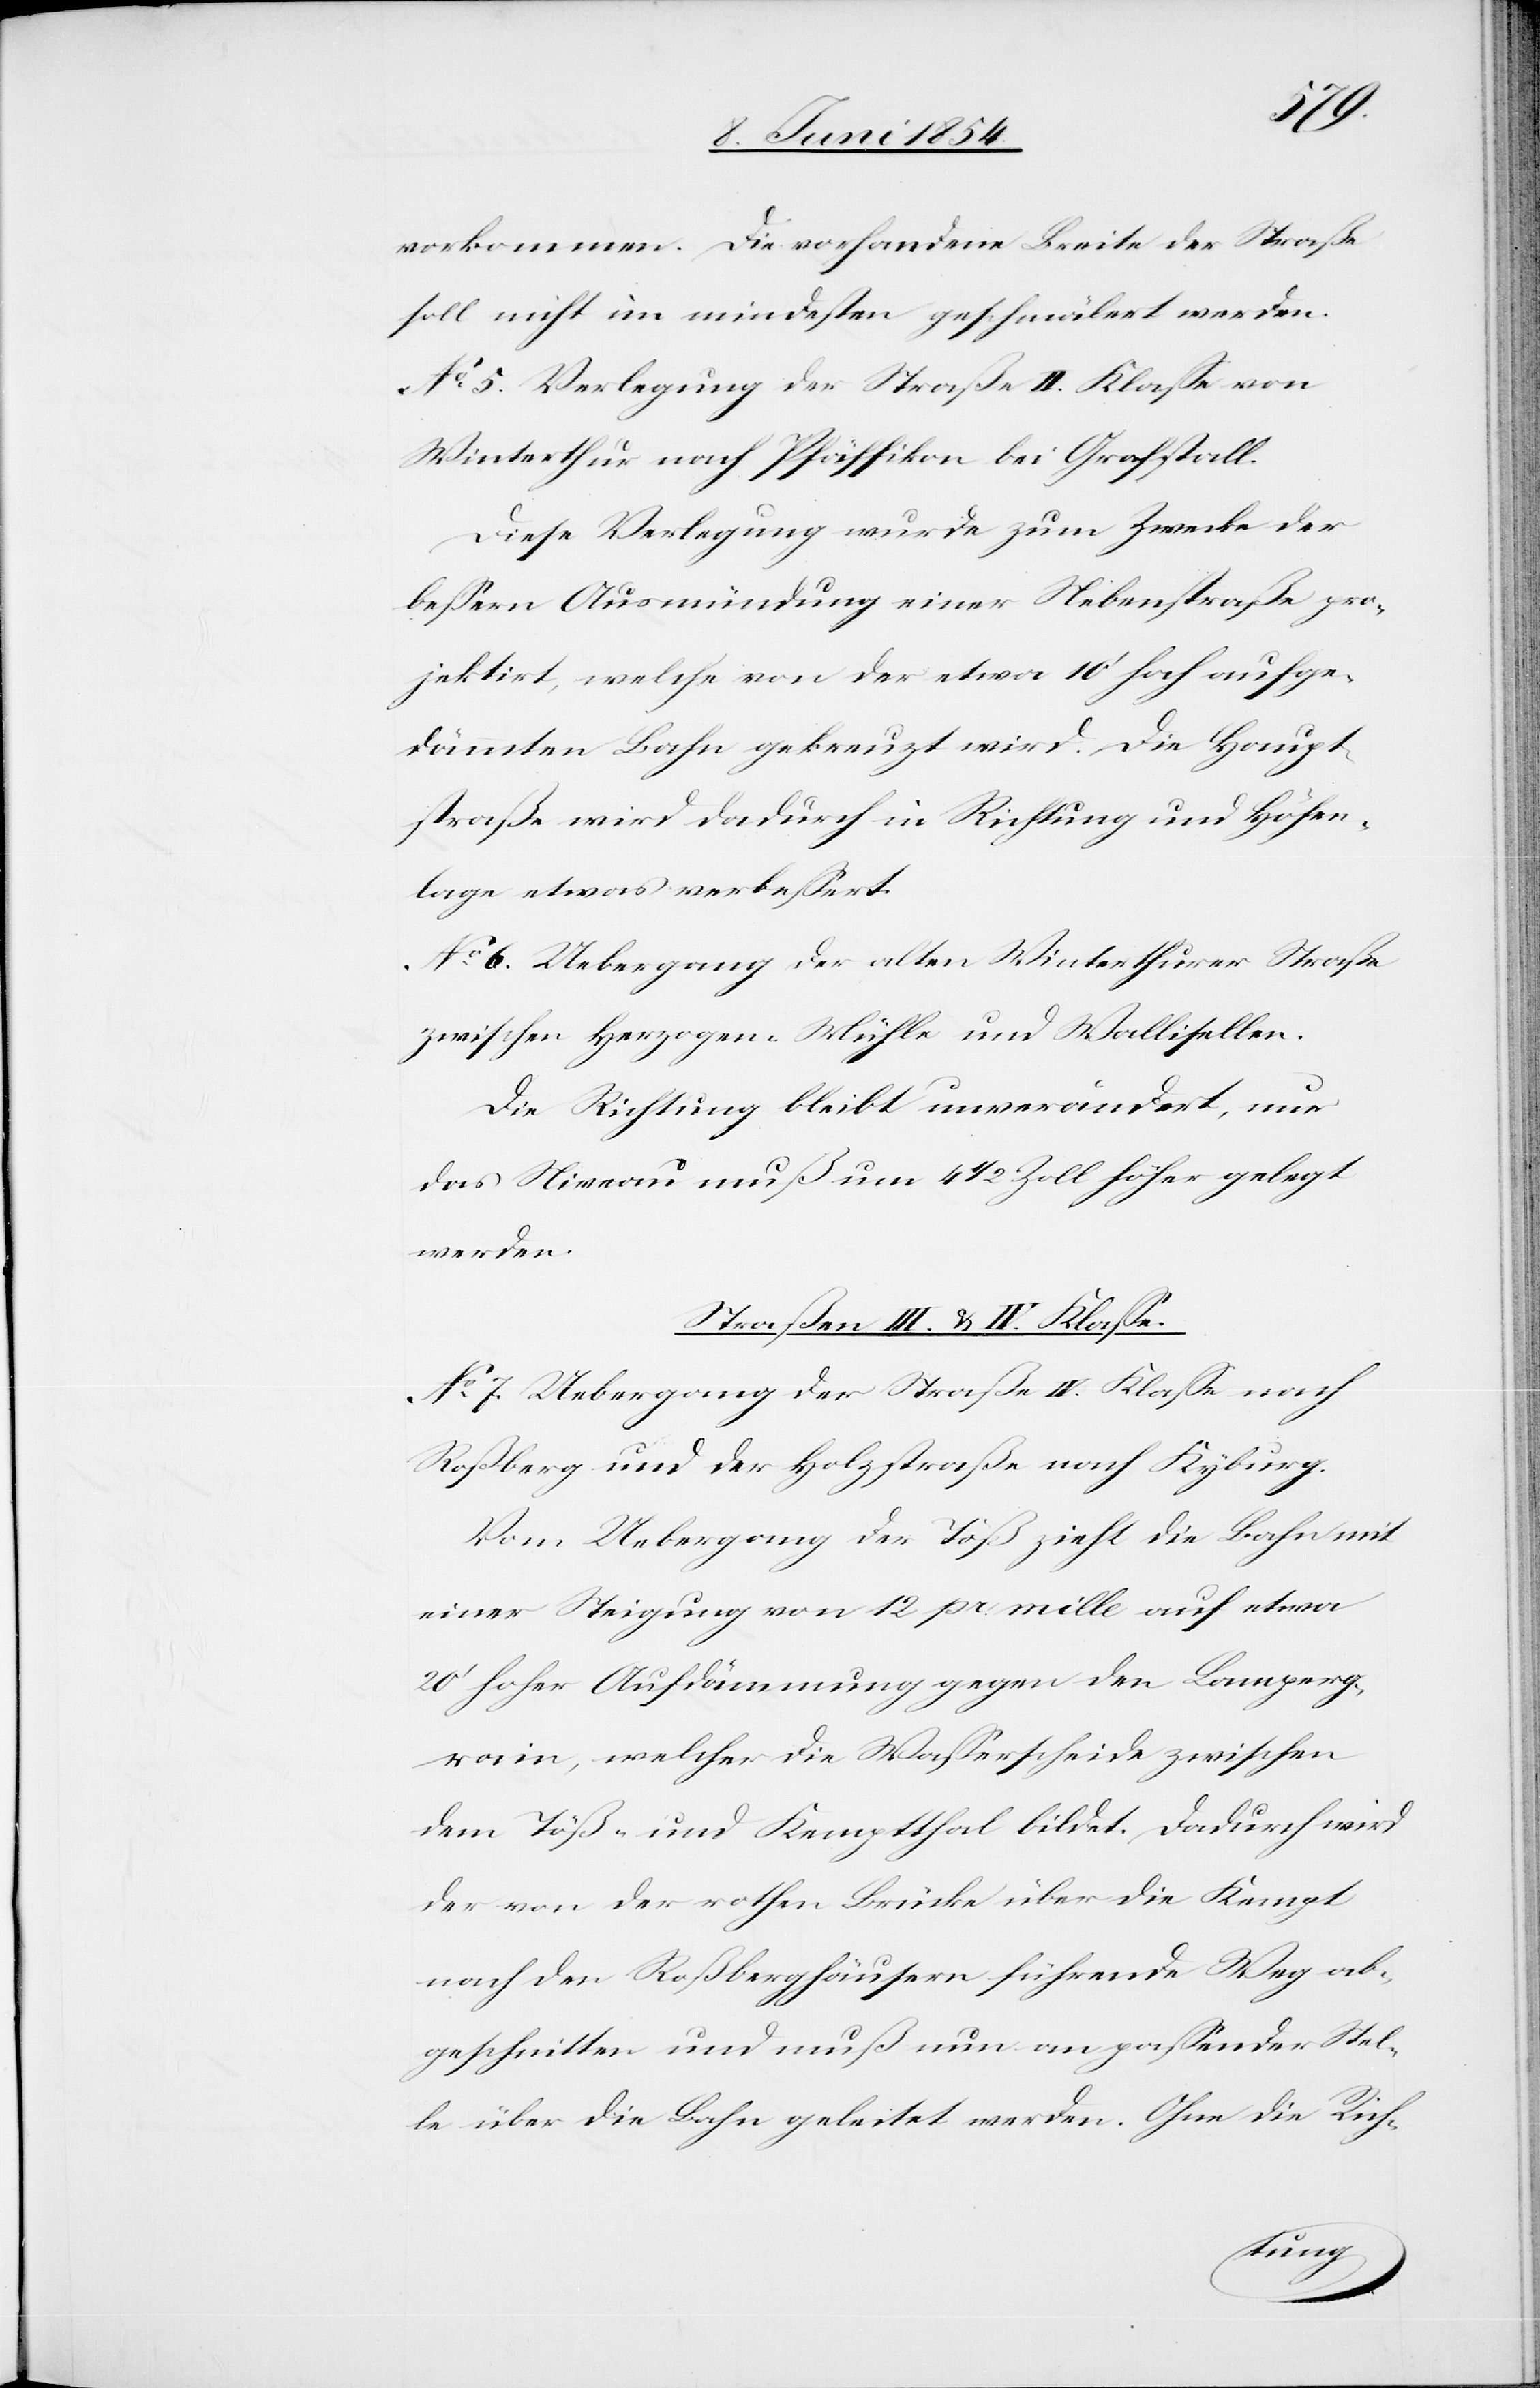
vorkommen. Die vorhandene Breite der Straße
soll nicht im mindesten geschmälert werden.
No 5. Verlegung der Straße II. Klaße von
Winterthur nach Pfäffikon bei Grafstall.
Diese Verlegung wurde zum Zwecke der
beßern Ausmündung einer Nebenstraße pro¬
jektirt, welche von der etwa 10‘ hoch aufge¬
dämmten Bahn gekreuzt wird. Die Haupt¬
straße wird dadurch in Richtung und Höhen¬
lage etwas verbeßert.
No 6 Uebergang der alten Winterthurer Straße
zwischen Herzogen-Mühle und Wallisellen.
Die Richtung bleibt unverändert, nur
das Niveau muß um 4 1/2 Zoll höher gelegt
werden.
Straßen III. & IV. Klaße.
No 7. Uebergang der Straße IV. Klaße nach
Roßberg und der Holzstraße nach Kyburg.
Vom Uebergang der Töß zieht die Bahn mit
einer Steigung von 12 pr. mille auf etwa
20‘ hoher Aufdämmung gegen den Lamperg¬
rain, welcher die Waßerscheide zwischen
dem Töß- und Kemptthal bildet. Dadurch wird
der von der rothen Brücke über die Kempt
nach den Roßberghäusern führende Weg ab¬
geschnitten und muß nun an paßender Stel¬
le über die Bahn geleitet werden. Ohne die Rich-